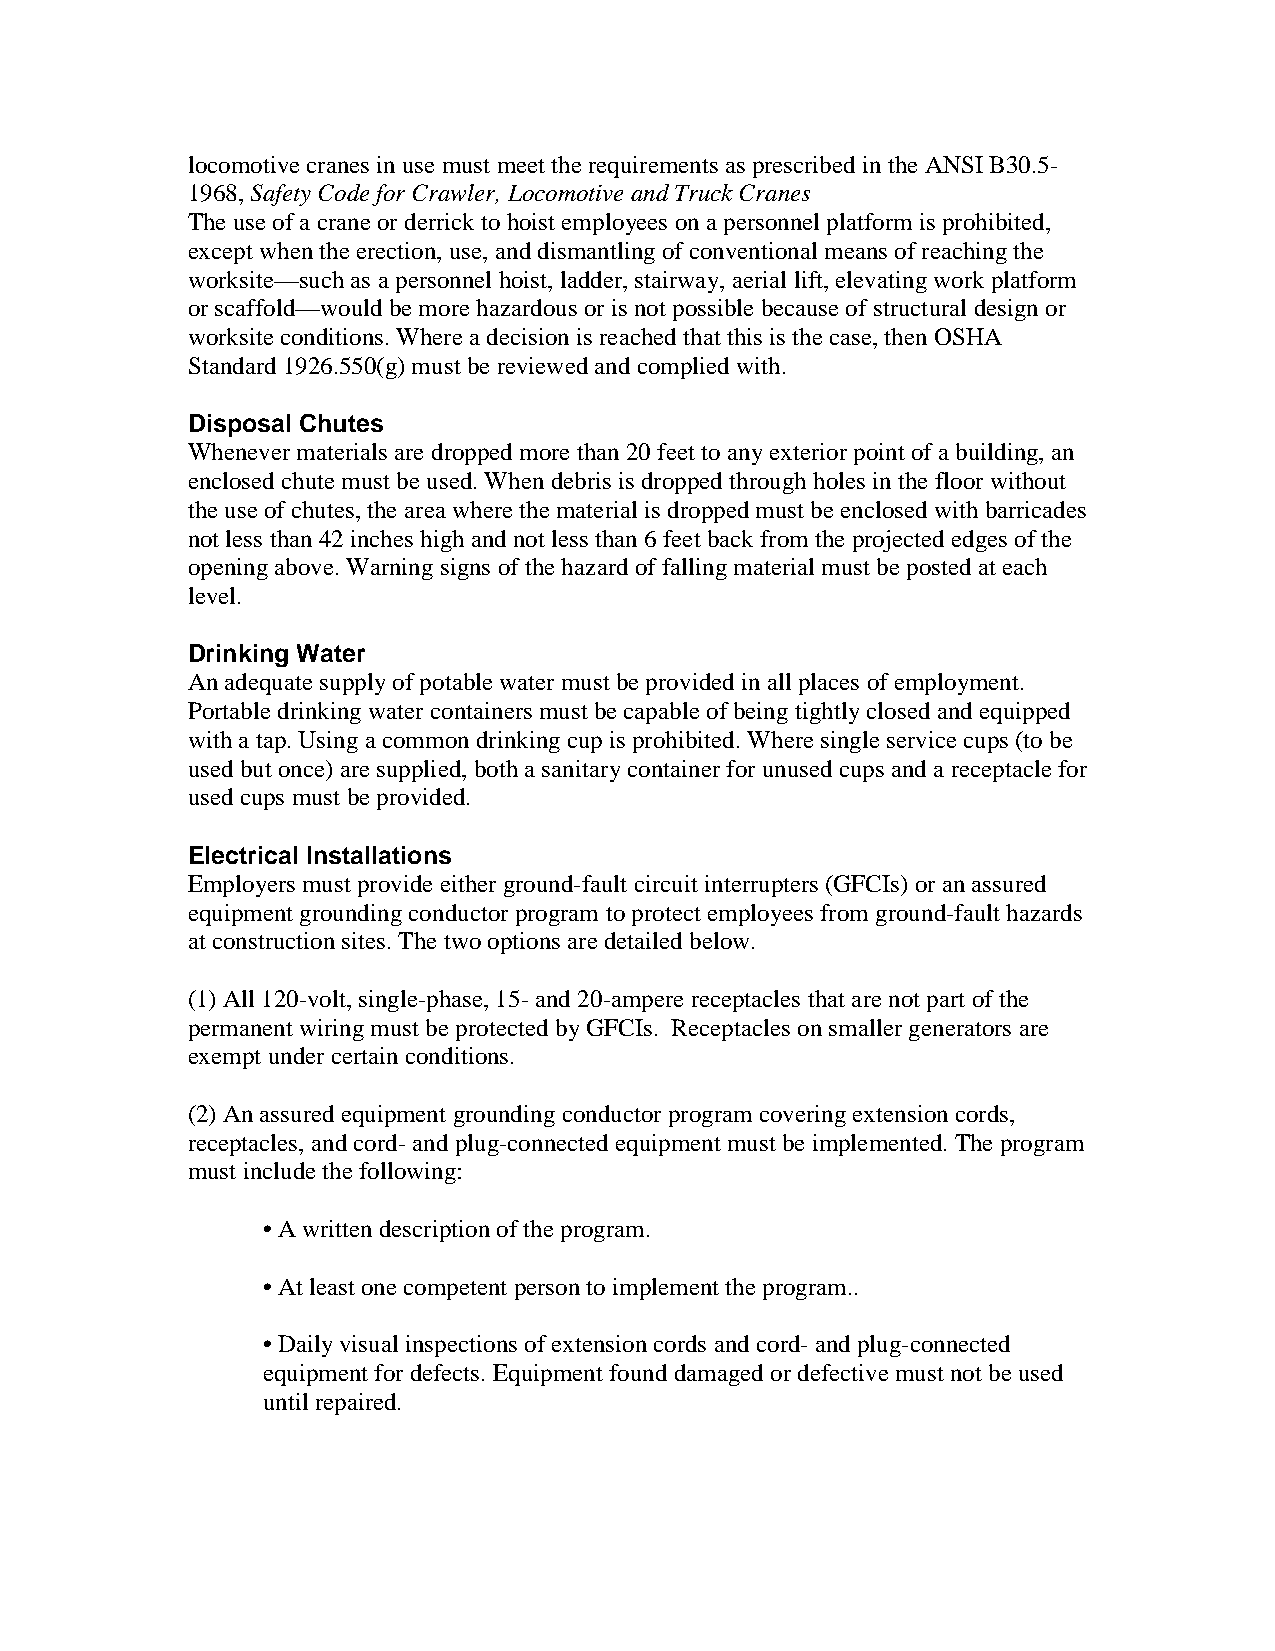
locomotive cranes in use must meet the requirements as prescribed in the ANSI B30.5-
 1968, Safety Code for Crawler, Locomotive and Truck Cranes
 The use of a crane or derrick to hoist employees on a personnel platform is prohibited,
 except when the erection, use, and dismantling of conventional means of reaching the
 worksite—such as a personnel hoist, ladder, stairway, aerial lift, elevating work platform
 or scaffold—would be more hazardous or is not possible because of structural design or
 worksite conditions. Where a decision is reached that this is the case, then OSHA
 Standard 1926.550(g) must be reviewed and complied with.
 Disposal Chutes
 Whenever materials are dropped more than 20 feet to any exterior point of a building, an
 enclosed chute must be used. When debris is dropped through holes in the floor without
 the use of chutes, the area where the material is dropped must be enclosed with barricades
 not less than 42 inches high and not less than 6 feet back from the projected edges of the
 opening above. Warning signs of the hazard of falling material must be posted at each
 level.
 32
 Drinking Water
 An adequate supply of potable water must be provided in all places of employment.
 Portable drinking water containers must be capable of being tightly closed and equipped
 with a tap. Using a common drinking cup is prohibited. Where single service cups (to be
 used but once) are supplied, both a sanitary container for unused cups and a receptacle for
 used cups must be provided.
 Electrical Installations
 Employers must provide either ground-fault circuit interrupters (GFCIs) or an assured
 equipment grounding conductor program to protect employees from ground-fault hazards
 at construction sites. The two options are detailed below.
 (1) All 120-volt, single-phase, 15- and 20-ampere receptacles that are not part of the
 permanent wiring must be protected by GFCIs. Receptacles on smaller generators are
 exempt under certain conditions.
 (2) An assured equipment grounding conductor program covering extension cords,
 receptacles, and cord- and plug-connected equipment must be implemented. The program
 must include the following:
 • A written description of the program.
 • At least one competent person to implement the program..33
 • Daily visual inspections of extension cords and cord- and plug-connected
 equipment for defects. Equipment found damaged or defective must not be used
 until repaired.